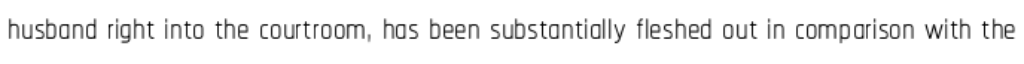
husband right into the courtroom, has been substantially fleshed out in comparison with the